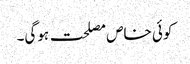
کوئی خاص مصلحت ہوگی۔